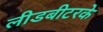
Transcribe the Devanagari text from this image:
लीडबीटरके